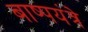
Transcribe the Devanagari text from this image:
बाष्पयंत्रे